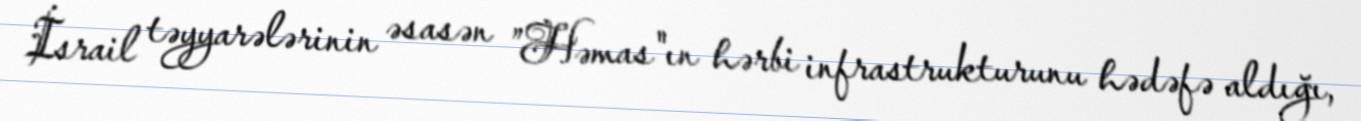
İsrail təyyarələrinin əsasən ”Həmas"ın hərbi infrastrukturunu hədəfə aldığı,